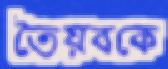
তৈয়বকে